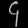
Digit: ၄